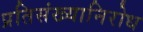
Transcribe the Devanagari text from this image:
प्रतिसंख्यानिरोध